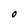
Character: O